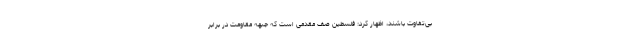
بی‌تفاوت باشند، اظهار کرد: فلسطین صف مقدمی است که جبهه مقاومت در برابر